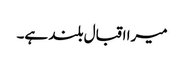
میرا اقبال بلند ہے۔